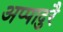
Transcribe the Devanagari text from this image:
अप्पादुरै